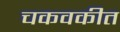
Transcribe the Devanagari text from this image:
चकवकीत